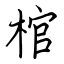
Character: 棺